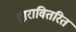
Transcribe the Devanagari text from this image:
द्वारावितरित